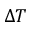
\Delta T